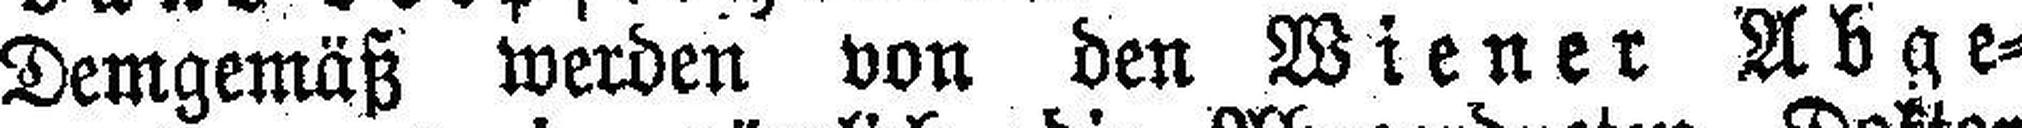
Demgemäß werden von den Wiener Abge¬